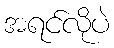
အရင်လိုပဲ